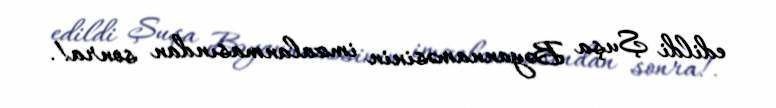
edildi Şuşa Bəyannaməsinin imzalanmasından sonra!.